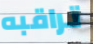
تراقبه